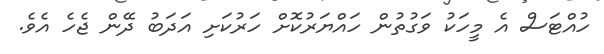
ހުއްޓަސް އެ މީހަކު ވަގުތުން ހައްޔަރުކޮށް ހަރުކަށި އަދަބު ދޭން ޖެހެ އެވެ.